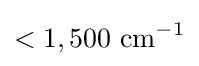
<1,500{\text{ cm}}^{-1}